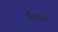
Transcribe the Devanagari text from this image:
६०२०